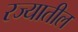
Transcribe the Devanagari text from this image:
रज्यातील